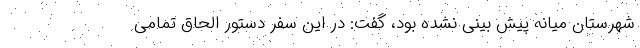
شهرستان میانه پیش بینی نشده بود، گفت: در این سفر دستور الحاق تمامی